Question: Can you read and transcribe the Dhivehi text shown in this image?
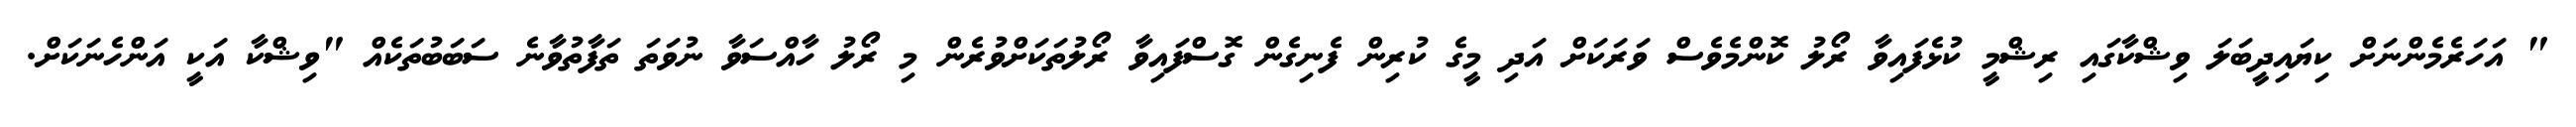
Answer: " އަހަރެމެންނަށް ކިޔައިދީބަލަ ވިޝްކާގައި ރިޝްމީ ކުޅެފައިވާ ރޯލު ކޮންމެވެސް ވަރަކަށް އަދި މީގެ ކުރިން ފެނިގެން ގޮސްފައިވާ ރޯލުތަކަށްވުރެން މި ރޯލު ހާއްސަވާ ނުވަތަ ތަފާތުވާނެ ސަބަބުތަކެއް "ވިޝްކާ އަކީ އަންހެނަކަށް.